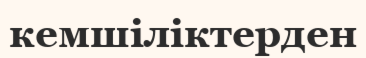
кемшіліктерден